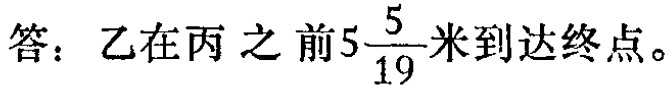
答：乙在丙之前\(5\frac{5}{19}\)米到达终点。